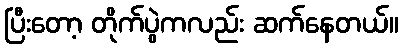
ပြီးတော့ တိုက်ပွဲကလည်း ဆက်နေတယ်။